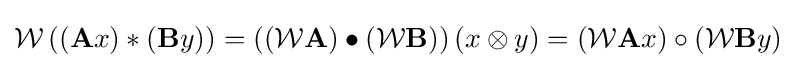
{\mathcal {W}}\left((\mathbf {A} x)\ast (\mathbf {B} y)\right)=\left(({\mathcal {W}}\mathbf {A} )\bullet ({\mathcal {W}}\mathbf {B} )\right)(x\otimes y)=({\mathcal {W}}\mathbf {A} x)\circ ({\mathcal {W}}\mathbf {B} y)